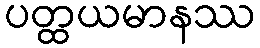
ပတ္ထယမာနဿ